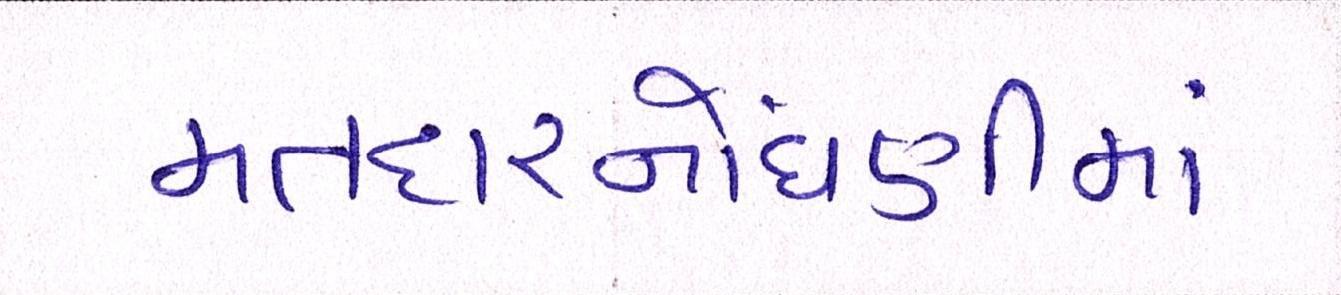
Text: મતદારનોંધણીમાં